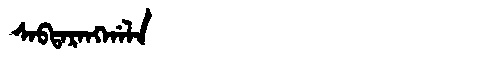
Manchu: ᠰᠠᠪᡨᠠᡵᠠᠩᡤᠠᠯᠠ
Romanization: SABTARANGGALA